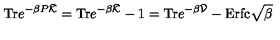
\mathrm { T r } e ^ { - \beta P \bar { { \cal K } } } = \mathrm { T r } e ^ { - \beta \bar { { \cal K } } } - 1 = \mathrm { T r } e ^ { - \beta \bar { { \cal V } } } - \mathrm { E r f c } \sqrt { \beta }